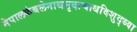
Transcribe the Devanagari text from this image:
नेपालकंबलेनाथमृदाचाथविशुद्ध्या